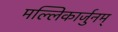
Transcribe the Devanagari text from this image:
मल्लिकार्जुनम्